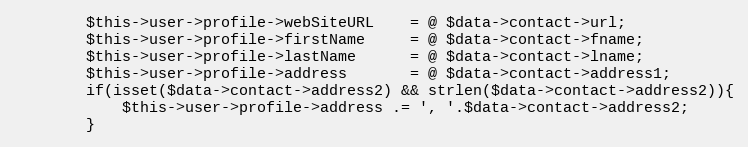
Language: PHP
        $this->user->profile->webSiteURL    = @ $data->contact->url;
        $this->user->profile->firstName     = @ $data->contact->fname;
        $this->user->profile->lastName      = @ $data->contact->lname;
        $this->user->profile->address       = @ $data->contact->address1;
        if(isset($data->contact->address2) && strlen($data->contact->address2)){
            $this->user->profile->address .= ', '.$data->contact->address2;
        }